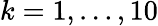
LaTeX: k=1,\ldots,10